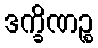
ဒက္ခိဏဉ္စ